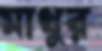
মাথুর